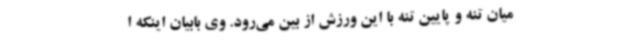
میان تنه و پایین تنه با این ورزش از بین می‌رود. وی بابیان اینکه ا